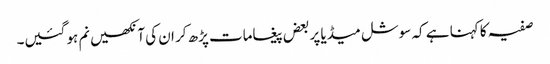
صفیہ کا کہنا ہے کہ سوشل میڈیا پر بعض پیغامات پڑھ کر ان کی آنکھیں نم ہو گئیں۔